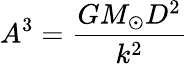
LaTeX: A^{3}={\frac{GM_{\odot}D^{2}}{k^{2}}}